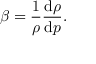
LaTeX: \beta = { \frac { 1 } { \rho } } { \frac { \mathrm { d } \rho } { \mathrm { d } p } } .